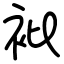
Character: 𧘱